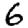
Digit: 6